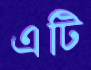
এটি